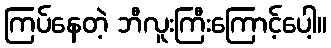
ကြပ်နေတဲ့ ဘီလူးကြီးကြောင့်ပေါ့။